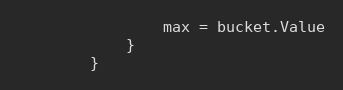
Language: Go
				max = bucket.Value
			}
		}